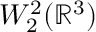
W _ { 2 } ^ { 2 } ( { \mathbb R } ^ { 3 } )